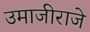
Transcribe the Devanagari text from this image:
उमाजीराजे